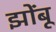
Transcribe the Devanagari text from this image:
झोंंबू